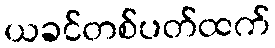
ယခင်တစ်ပတ်ထက်